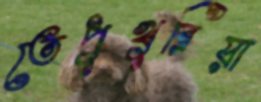
তেপুখুরিয়া